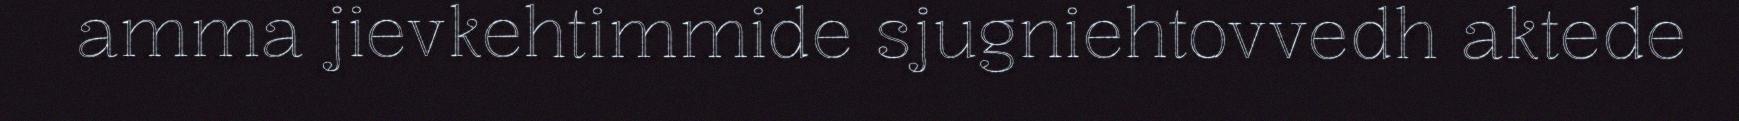
amma jievkehtimmide sjugniehtovvedh aktede